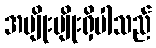
အမျိုးမျိုးရှိပါသည်